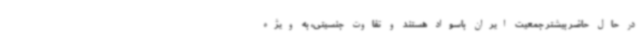
در حال حاضر بیشتر جمعیت ایران باسواد هستند و تفاوت جنسیتی، به ویژه